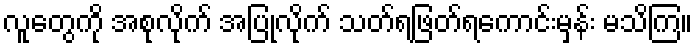
လူတွေကို အစုလိုက် အပြုံလိုက် သတ်ရဖြတ်ရကောင်းမှန်း မသိကြ။